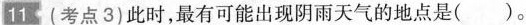
11 (考点3)此时，最有可能出现阴雨天气的地点是( )。